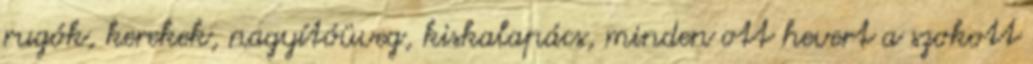
rugók, kerekek, nagyítóüveg, kiskalapács, minden ott hevert a szokott